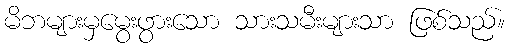
မိဘများမှမွေးဖွားသော သားသမီးများသာ ဖြစ်သည်။